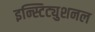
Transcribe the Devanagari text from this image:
इन्स्टिट्युशनल